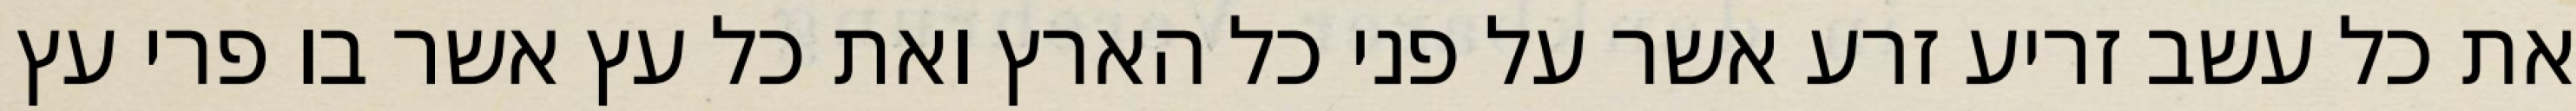
את כל עשב זריע זרע אשר על פני כל הארץ ואת כל עץ אשר בו פרי עץ